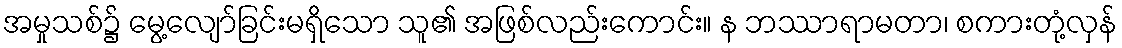
အမှုသစ်၌ မွေ့လျော်ခြင်းမရှိသော သူ၏ အဖြစ်လည်းကောင်း။ န ဘဿာရာမတာ၊ စကားတုံ့လှန်